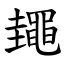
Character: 䵷